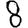
Digit: 8